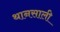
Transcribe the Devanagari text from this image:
थानसाली